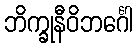
ဘိက္ခုနီဝိဘင်္ဂေါ